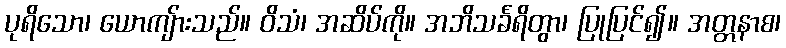
ပုရိသော၊ ယောကျ်ားသည်။ ဝိသံ၊ အဆိပ်ကို။ အဘိသင်္ခရိတွာ၊ ပြုပြင်၍။ အတ္တနာစ၊